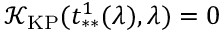
\mathcal { K } _ { \mathrm { K P } } ( t _ { * * } ^ { 1 } ( \lambda ) , \lambda ) = 0